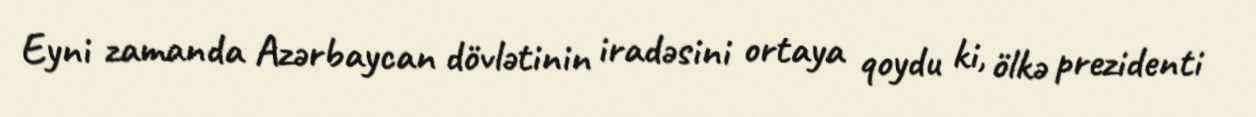
Eyni zamanda Azərbaycan dövlətinin iradəsini ortaya qoydu ki, ölkə prezidenti